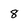
Character: 8